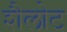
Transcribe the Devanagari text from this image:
शैलोट